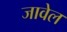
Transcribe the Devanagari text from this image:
जावेल